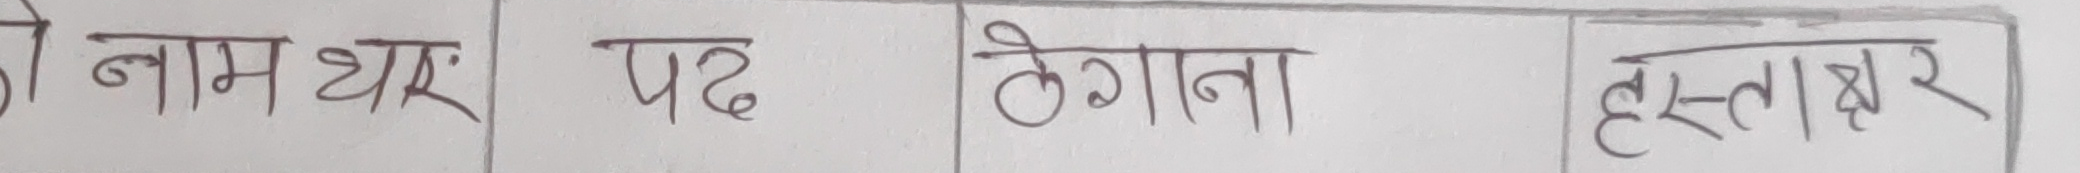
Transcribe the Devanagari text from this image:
नो नाम थरः	पद ठेगाना हस्ताक्षर